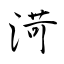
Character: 渮